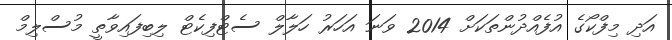
އަދި މިފްކޯގެ އުފެއްދުންތަކަށް 2014 ވަނަ އަހަރު ހަލާލް ސެޓްފިކެޓް ލިބިފައިވާތީ މުސްލިމް